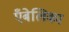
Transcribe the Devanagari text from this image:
एँबेलिका